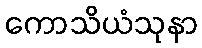
ကောသိယံသုနာ